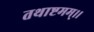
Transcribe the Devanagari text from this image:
तथाष्टमम्।।